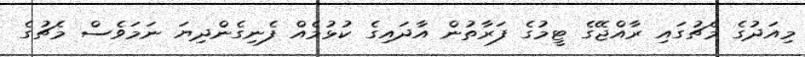
މިއަދުގެ މެޗުގައި ރާއްޖޭގެ ޓީމުގެ ފަރާތުން އާދައިގެ ކުޅުމެއް ފެނިގެންދިޔަ ނަމަވެސް މެޗުގެ